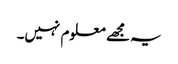
یہ مجھے معلوم نہیں۔